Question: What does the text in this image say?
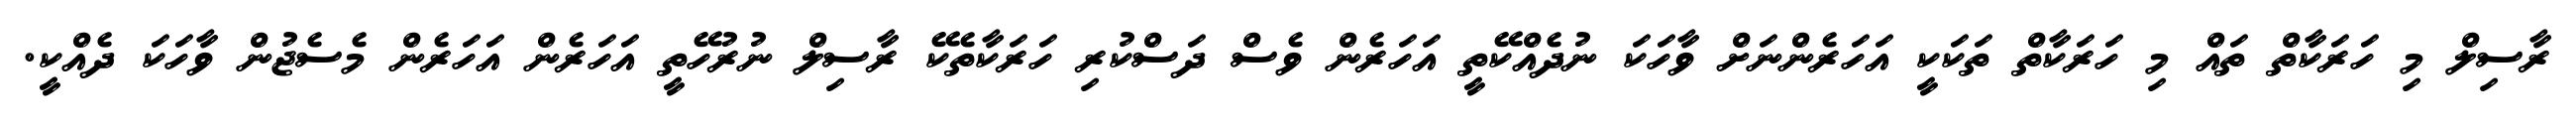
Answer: ރާސިލް މި ހަރަކާތް ތައް މި ހަރަކާތް ތަކަކީ އަހަރެންނަށް ވާހަކަ ނުދެއްކޭތީ އަހަރެން ވެސް ދަސްކުރި ހަރަކާތެކޭ ރާސިލް ނުރުހޭތީ އަހަރެން އަހަރެން މެސެޖުން ވާހަކަ ދެއްކީ.